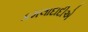
કમલાદાદીએ